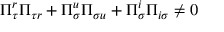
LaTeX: \Pi _ { \tau } ^ { r } \Pi _ { \tau r } + \Pi _ { \sigma } ^ { u } \Pi _ { \sigma u } + \Pi _ { \sigma } ^ { i } \Pi _ { i \sigma } \neq 0